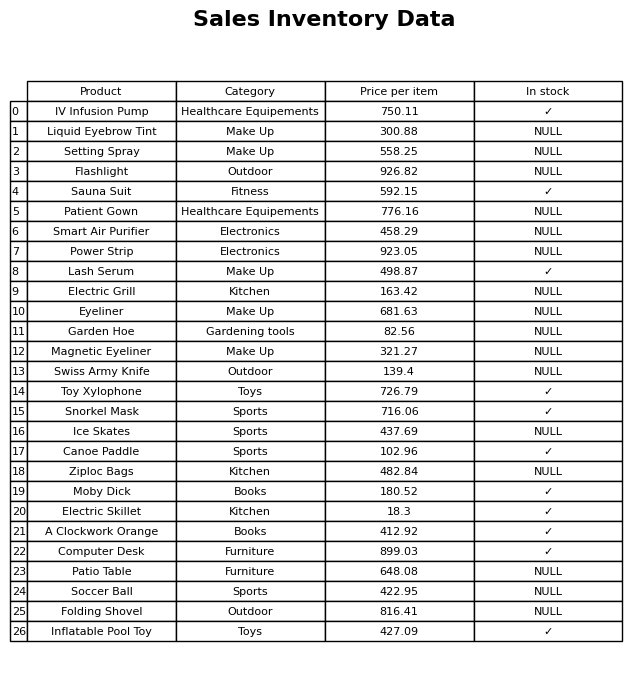
question: What is the price for Ice Skates?
answer: The price of Ice Skates is 437.69.